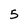
Character: 5